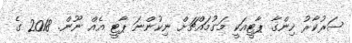
ސަރުކާރު ހިންގާ ޕާޓީއަކީ މަގުމައްޗަށް ނިކުންނަ ޕާޓީ އެއް ނޫން. 2018 ގެ